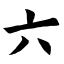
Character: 六